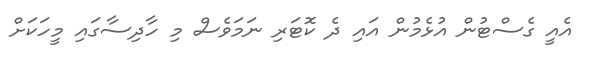
އެއީ ގެސްޓުން އުޅެމުން އައި ދެ ކޮޓަރި ނަމަވެސް މި ހާދިސާގައި މީހަކަށް